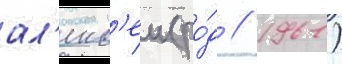
ал'екс'еи (ро́д // 1961)